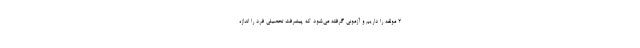
۲ مولفه را داریم و آزمونی گرفته می‌شود که پیشرفت تحصیلی فرد را اندازه